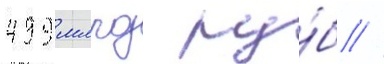
499 млрд ру́б //